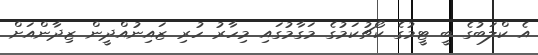
އެ ކްލަބުގެ ބީ ޓީމުގެ ކޯޗުކަމުގެ މަގާމުގައި މިހާރު ހުރި ޒައިނުއްދީން ޒިދާންއަށް